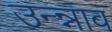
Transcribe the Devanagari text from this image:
उन्न्नाव